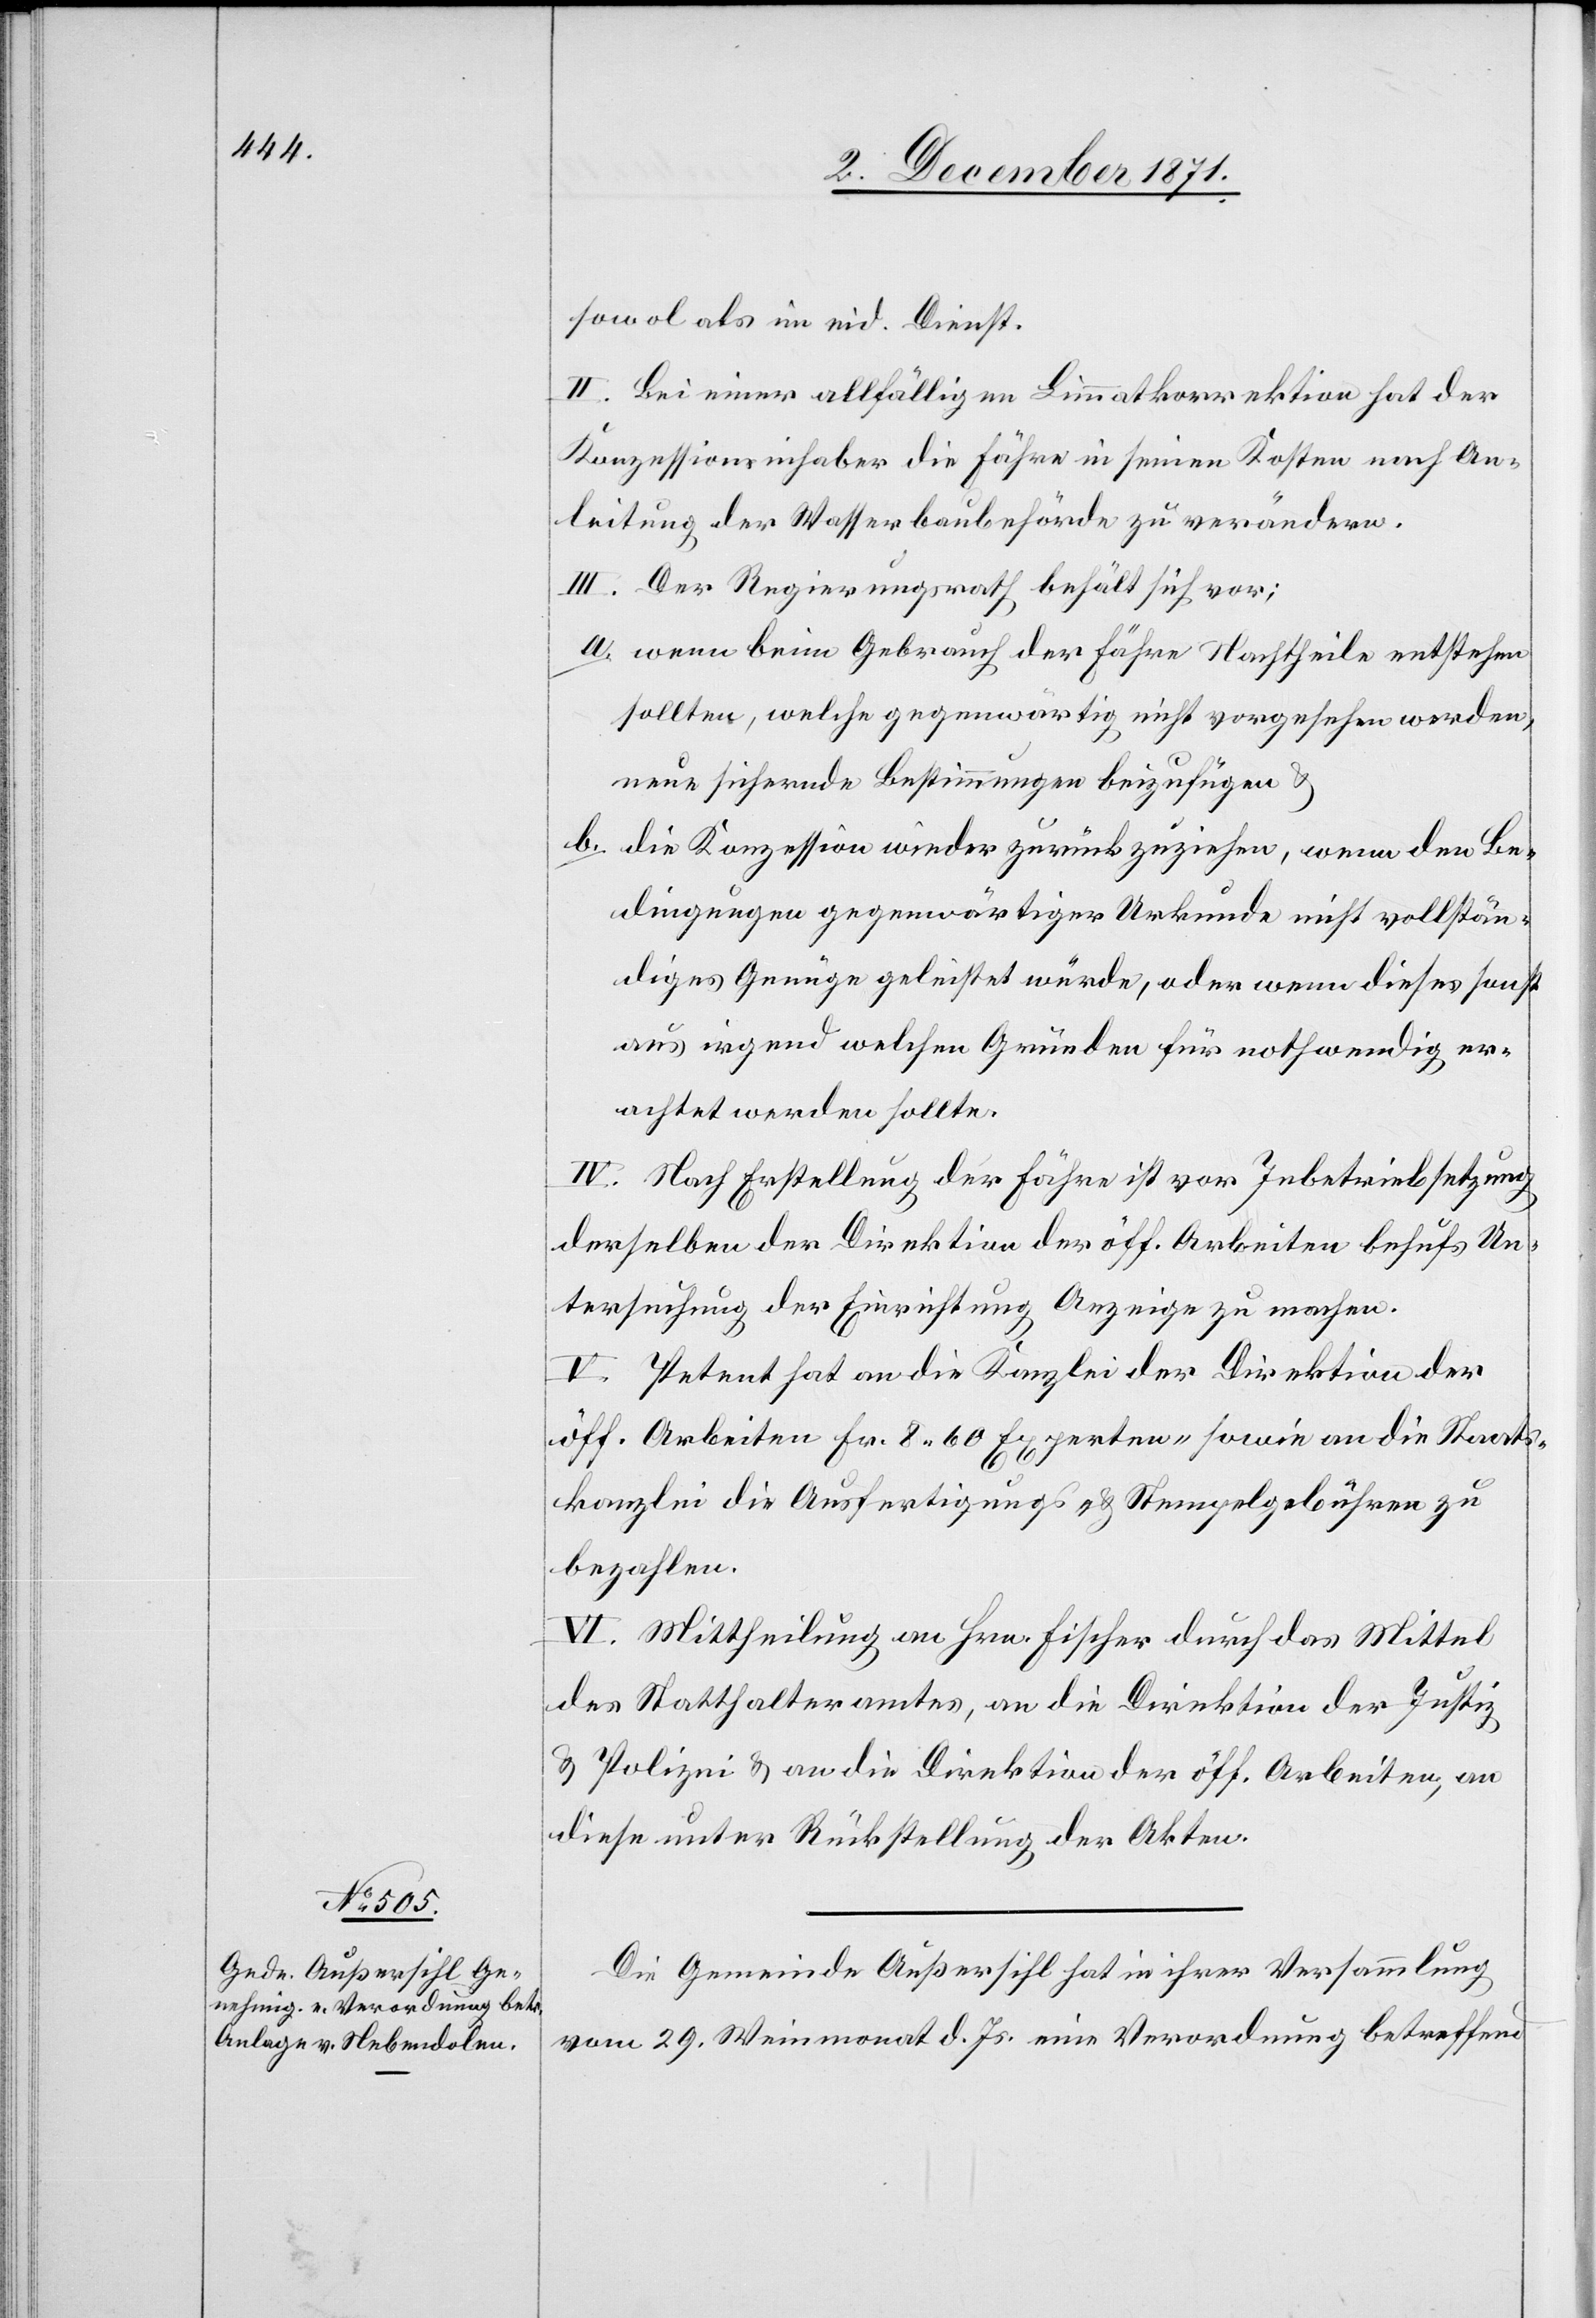
sowol als im eid. Dienst.
II. Bei einer allfälligen Limmatkorrektion hat der
Konzessionsinhaber die Fähre in seinen Kosten nach An¬
leitung der Wasserbaubehörde zu verändern.
III. Der Regierungsrath behält sich vor;
a. wenn beim Gebrauch der Fähre Nachtheile entstehen
sollten, welche gegenwärtig nicht vorgesehen werden,
neue sichernde Bestimmungen beizufügen &
b. die Konzession wieder zurückzuziehen, wenn den Be¬
dingungen gegenwärtiger Urkunde nicht vollstän¬
diges Genüge geleistet würde oder wenn dieses sonst
aus irgend welchen Gründen für nothwendig er¬
achtet werden sollte.
IV. Nach Erstellung der Fähre ist vor Inbetriebsetzung
derselben der Direktion der öff. Arbeiten behufs Un¬
tersuchung der Einrichtung Anzeige zu machen.
V. Petent hat an die Kanzlei der Direktion der
öff. Arbeiten Fr. 8.60 Experten- sowie an die Staats¬
kanzlei die Ausfertigungs- & Stempelgebühren zu
bezahlen.
VI. Mittheilung an Hrn. Fischer durch das Mittel
des Statthalteramtes, an die Direktion der Justiz
& Polizei & an die Direktion der öff. Arbeiten, an
diese unter Rückstellung der Akten.
Die Gemeinde Außersihl hat in ihrer Versammlung
vom 29. Weinmonat d. Js. eine Verordnung betreffend